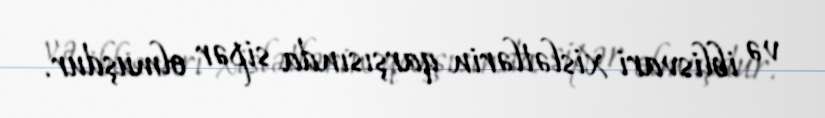
və iblisvari xislətlərin qarşısında sipər olmuşdur.